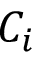
C _ { i }